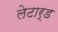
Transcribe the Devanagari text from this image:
लेटार्ड